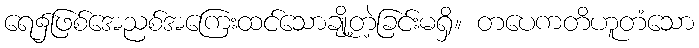
ရေ၌ဖြစ်အေညစ်အကြေးထင်သောချို့တဲ့ခြင်းမရှိ။ တပေကတိဟူတံသော